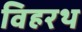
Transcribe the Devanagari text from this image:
विहरथ